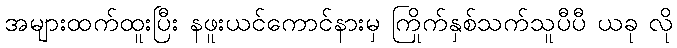
အများထက်ထူးပြီး နဖူးယင်ကောင်နားမှ ကြိုက်နှစ်သက်သူပီပီ ယခု လို